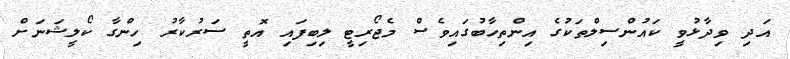
އަދި ވިދާޅުވީ ކައުންސިލްތަކުގެ އިންތިހާބުގައިވެސް މެޖޯރިޓީ ލިބިފައި އޮތީ ސަރުކާރު ހިންގާ ކޯލީޝަނަށް